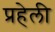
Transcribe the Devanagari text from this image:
प्रहेली